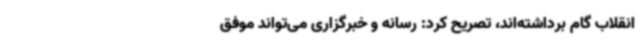
انقلاب گام برداشته‌اند، تصریح کرد: رسانه و خبرگزاری می‌تواند موفق